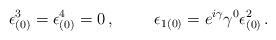
\begin{align*}\epsilon_{(0)}^3 = \epsilon_{(0)}^4 = 0\, ,\hspace{1cm}\epsilon_{1(0)} = e^{i\gamma}\gamma^0\epsilon_{(0)}^2\, .\end{align*}